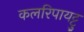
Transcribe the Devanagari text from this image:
कलरिपायट्टु